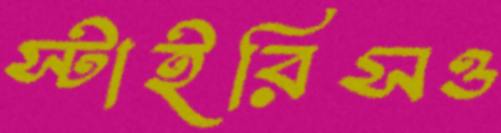
স্টাইরিসও